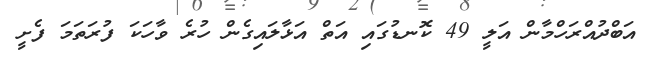
އަބްދުއްރަހްމާން އަލީ 49 ކޮނޑުގައި އަތް އަޅާލައިގެން ހުރެ ވާހަކަ ފުރަތަމަ ފެށީ